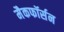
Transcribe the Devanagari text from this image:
मैकफॉर्सन